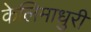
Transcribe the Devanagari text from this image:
केलिमाधुरी